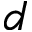
d